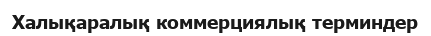
Халықаралық коммерциялық терминдер